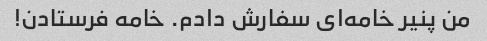
من پنیر خامه‌ای سفارش دادم. خامه فرستادن!